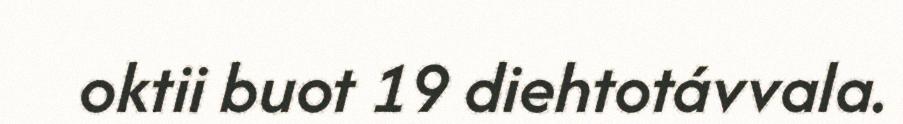
oktii buot 19 diehtotávvala.